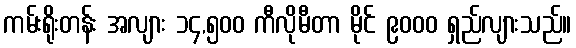
ကမ်းရိုးတန်း အလျား ၁၄,၅၀၀ ကီလိုမီတာ မိုင် ၉၀၀၀ ရှည်လျားသည်။